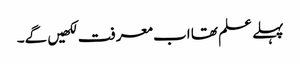
پہلے علم تھا اب معرفت لکھیں گے۔